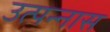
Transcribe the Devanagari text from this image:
उत्पन्नास